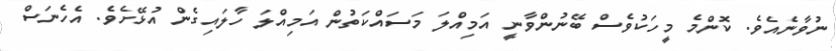
ނުވާނެއެވެ. ކޮންމެ މީހަކުވެސް ބޭނުންވާނީ އަމިއްލަ މަސައްކަތުން އަމިއްލަ ހާލައިގެން އުޅޭށެވެ. އެހެނަސް